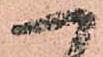
へ